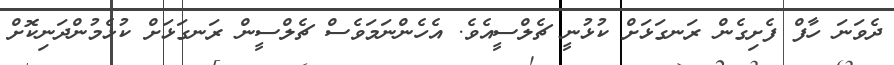
ދެވަނަ ހާފް ފެށިގެން ރަނގަޅަށް ކުޅުނީ ޗެލްސީއެވެ. އެހެންނަމަވެސް ޗެލްސީން ރަނގަޅަށް ކުޅެމުންދަނިކޮށް